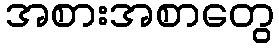
အစားအစာတွေ